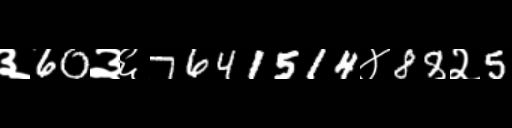
Text: ३60३६7641514४88२5